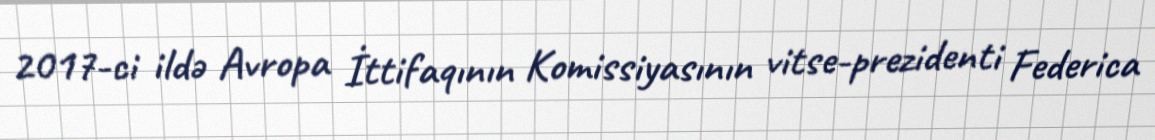
2017-ci ildə Avropa İttifaqının Komissiyasının vitse-prezidenti Federica